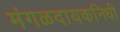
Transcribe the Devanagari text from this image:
मंगळदायकनिधी